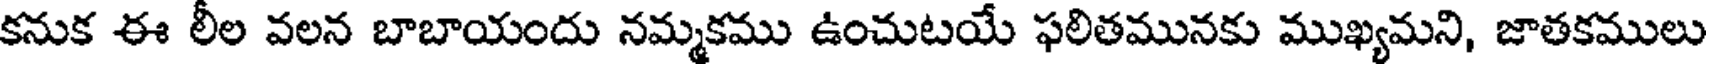
కనుక ఈ లీల వలన బాబాయందు నమ్మకము ఉంచుటయే ఫలితమునకు ముఖ్యమని, జాతకములు